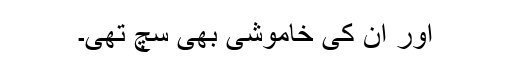
اور اُن کی خاموشی بھی سچ تھی۔